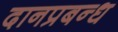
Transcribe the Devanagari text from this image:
दानप्रबन्ध